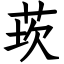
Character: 莰